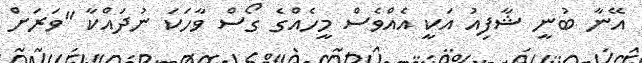
އޭނާ ބުނީ ޝާފިއު އަކީ އެއްވެސް މީހެއްގެ ގޯސް ވާހަކަ ނުދައްކާ "ވަރަށް